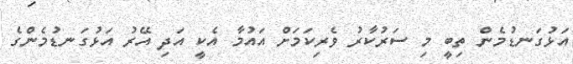
އަޅުގަނޑުމެން ތިބީ މި ސަރުކާރު ވެރިކަމަށް އައުމާ އެކީ އަދި އޭރު އަޅުގަނޑުމެންގެ